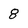
Character: 8